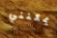
يمكنني